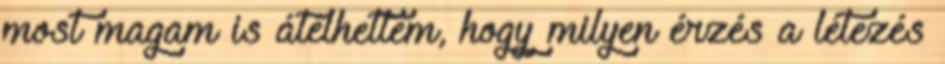
most magam is átélhettem, hogy milyen érzés a létezés